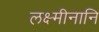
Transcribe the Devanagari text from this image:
लक्ष्मीनानि